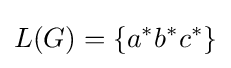
L(G)=\{a^{*}b^{*}c^{*}\}